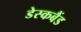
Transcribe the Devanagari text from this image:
डेस्कबैंड